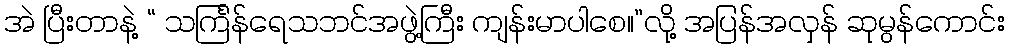
အဲ ပြီးတာနဲ့ “ သင်္ကြန်ရေသဘင်အဖွဲ့ကြီး ကျန်းမာပါစေ။”လို့ အပြန်အလှန် ဆုမွန်ကောင်း